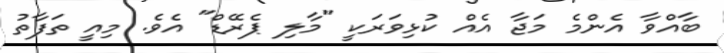
ބާއްވާ އެންމެ މަޖާ އެއް ކުޅިވަރަކީ "މާލި ޕެރޭޑް" އެވެ. މިއީ ތަފާތު